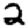
Digit: 2